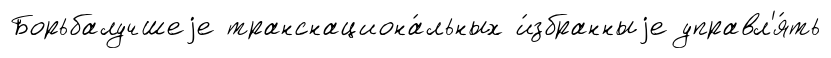
Борьбалучшеjе транснациона́льных и́збранныjе управл'я́ть